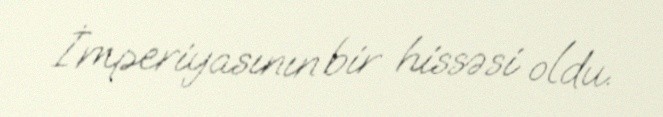
İmperiyasının bir hissəsi oldu.